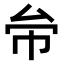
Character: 𠫦